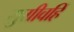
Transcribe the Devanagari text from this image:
सुग्रीवहिं